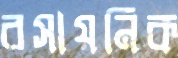
রসায়নিক